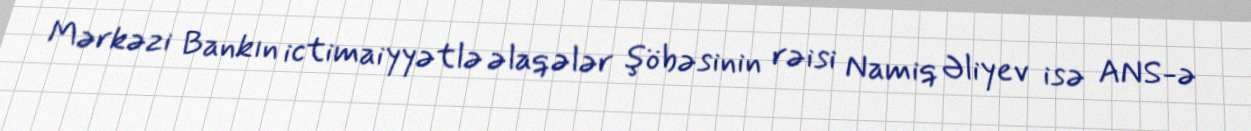
Mərkəzi Bankın ictimaiyyətlə əlaqələr şöbəsinin rəisi Namiq Əliyev isə ANS-ə